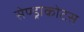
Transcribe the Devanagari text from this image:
सेण्ड्राकोटस